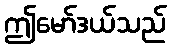
ဤမော်ဒယ်သည်